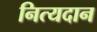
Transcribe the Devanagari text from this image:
नित्यदान